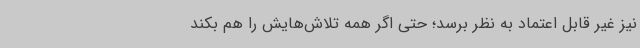
نیز غیر قابل‌ اعتماد به نظر برسد؛ حتی اگر همه تلاش‌هایش را هم بکند